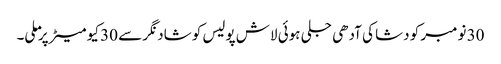
30 نومبر کو دشا کی آدھی جلی ہوئی لاش پولیس کو شاد نگر سے 30 کیو میٹر پر ملی۔